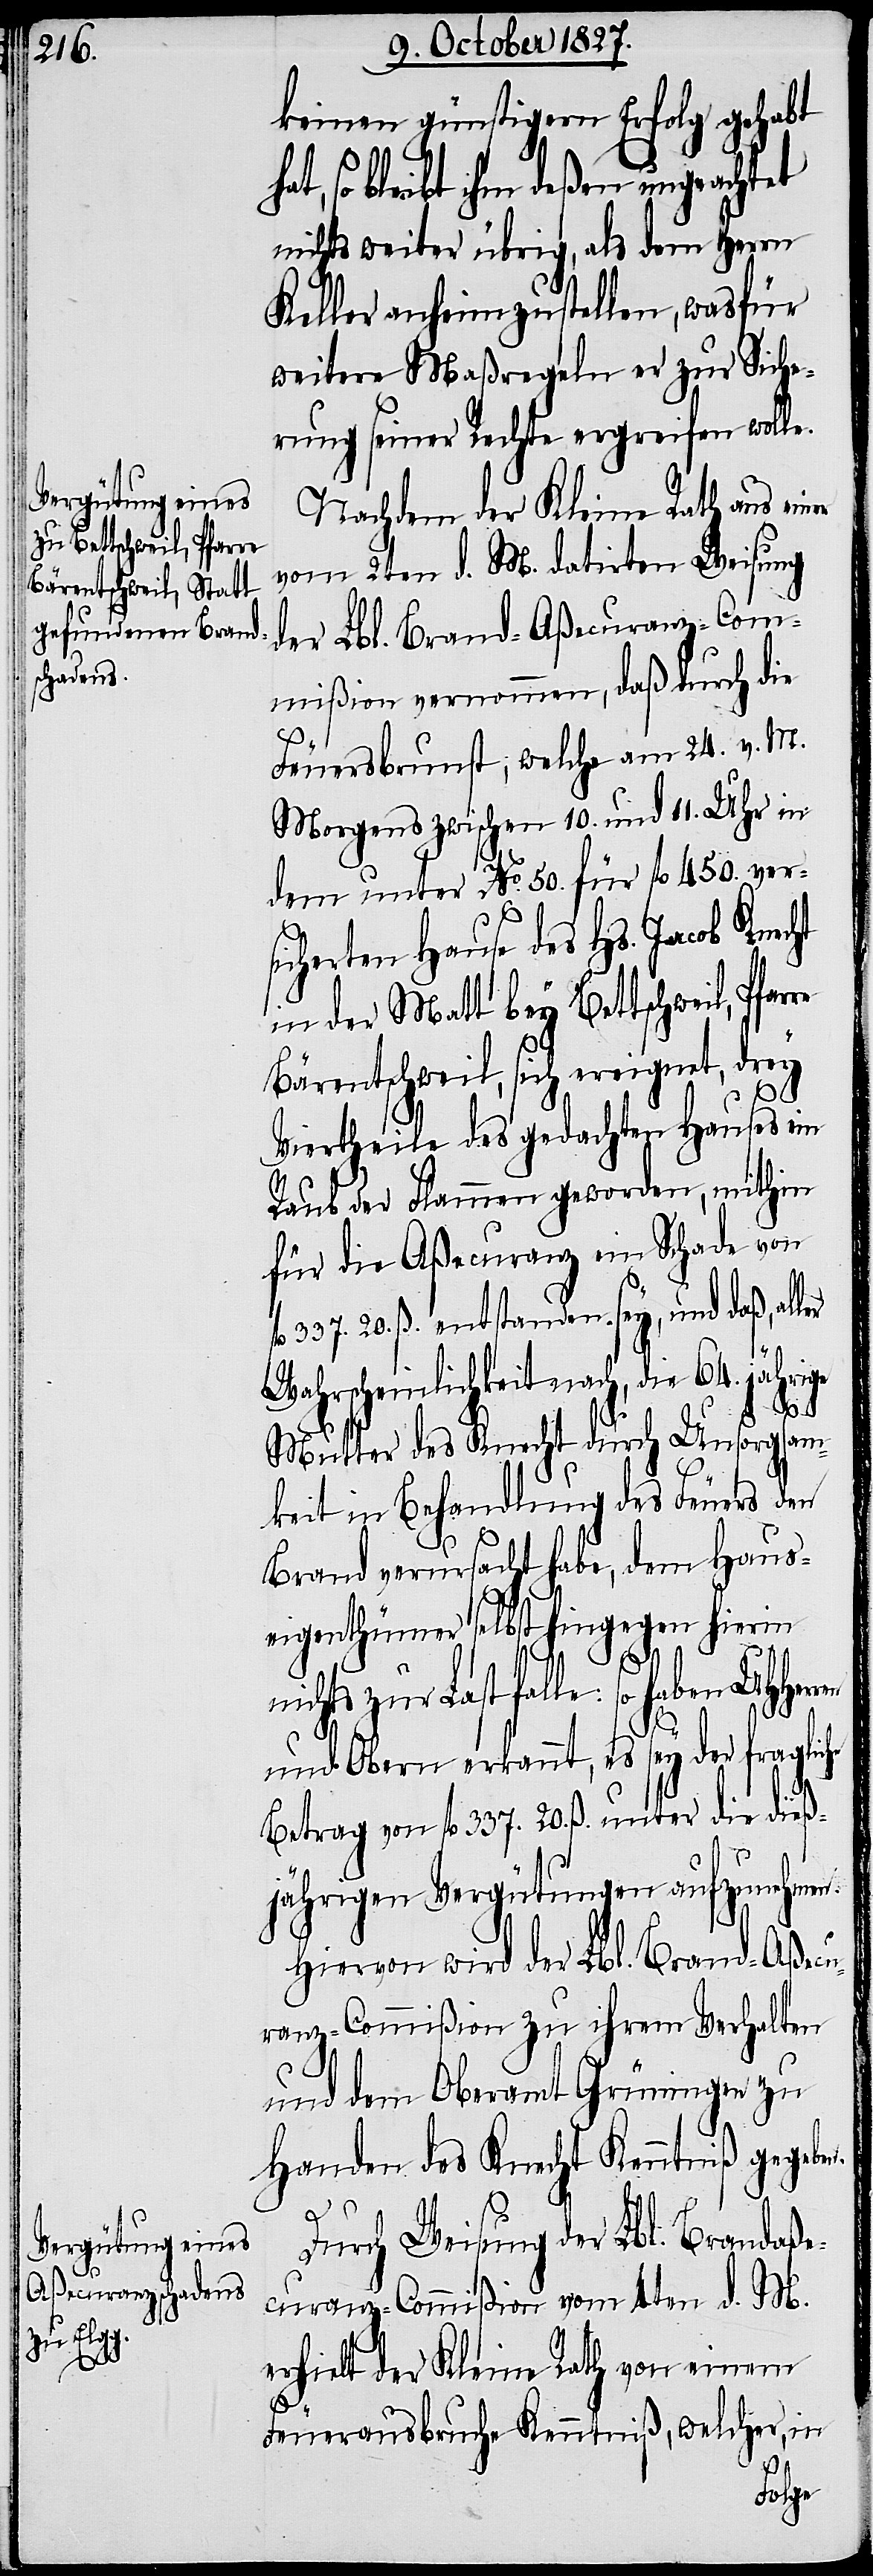
er

keinen günstigern Erfolg gehabt
so bleibt ihm deßen ungeachtet
nichts weiter übrig, als dem Herrn
Keller anheim zu stellen, wasfür
weitere Maßregeln er zur Siche¬
rung seiner Rechte ergreifen wolle.
Nachdem der Kleine Rath aus ein¬
vom 2ten d. M. datirten Weisung
der Lbl. Brand-Aßecuranz-Com¬
mißion vernommen, daß durch die
Feuersbrunst, welche am 24. v. M.
Morgens zwischen 10. und 11. Uhr in
dem unter No. 50. für fl. 450. ver¬
sicherten Hause des Hs. Jacob Kencht
in der Matt bey Bettschweil, Pfar¬
Bärentschweil, sich ereignet, drey
he
Viertheile des gedachten Hauses ein
Raub der Flammen geworden, mithin
für die Aßecuranz ein Schade von
337. 20. ß. entstanden sey, und daß, all¬
n.
Wahrscheinlichkeit nach, die 64. jährige
Mutter des Knecht durch Unsorgsam¬
keit in Behandlung des Feuers den
Brand verursacht habe, dem Haus¬
eigenthümer selbst hingegen hierin
zur Last falle: so haben
und Obern erkannt, es sey der fraglic¬
Betrag von fl. 337. 20. ß. unter die dieß¬
jährigen Vergütungen aufzunehmen.
Hiervon wird der Lbl. Brand-Aßecu¬
ranz-Commißion zu ihrem Verhalten
und dem Oberamt Grüningen zu
Handen des Knecht Kenntniß gegebe¬
Durch Weisung der Lbl. Brandaße¬
curanz-Commißion vom 4ten d. M.
erhielt der Kleine Rath von einem
Feuerausbruche Kenntniß, welcher, in